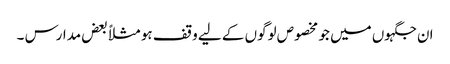
ان جگہوں میں جو مخصوص لوگوں کے لیے وقف ہو مثلاً بعض مدارس ۔